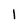
Character: l